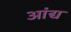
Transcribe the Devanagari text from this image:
आंद्य